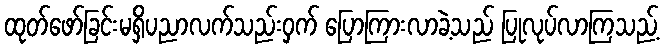
ထုတ်ဖော်ခြင်းမရှိပညာလက်သည်းဝှက် ပြောကြားလာခဲ့သည် ပြုလုပ်လာကြသည့်